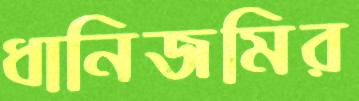
ধানিজমির